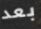
بعد